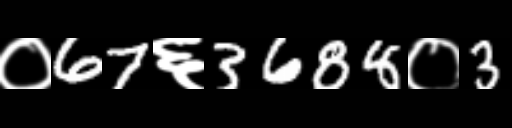
Text: ०67६3688०3